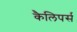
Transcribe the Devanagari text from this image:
कैलिपर्स